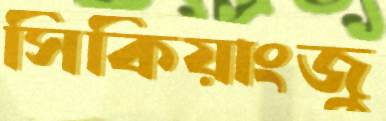
সিকিয়াংজু